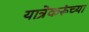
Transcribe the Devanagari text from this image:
यात्रेकरूंच्या